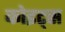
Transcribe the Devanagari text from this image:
कोइट्स